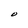
Character: O